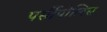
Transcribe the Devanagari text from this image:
पर्सीपोलिस